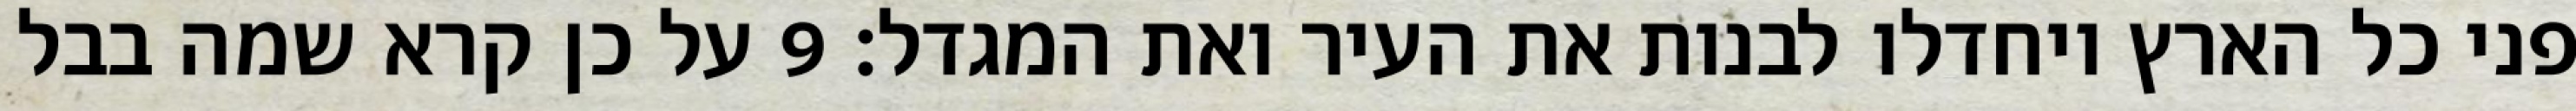
פני כל הארץ ויחדלו לבנות את העיר ואת המגדל׃ ‎9‏ על כן קרא שמה בבל